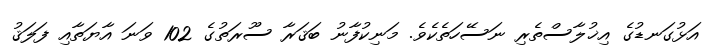
އަޅުގަނޑުގެ އިޚުލާސްތެރި ނަސޭހަތެކެވެ. މަނިކުފާނު ބަޤަރާ ސޫރަތުގެ 102 ވަނަ އާޔަތާއި ފަލަޤު